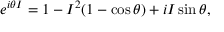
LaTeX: e ^ { i \theta I } = 1 - I ^ { 2 } ( 1 - \cos \theta ) + i I \sin \theta ,